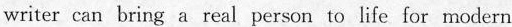
writer can bring a real person to life for modern